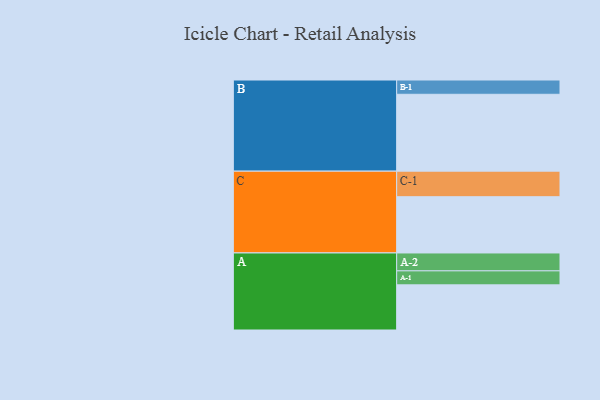
{"axis": {"x": "Segment", "y": "Value"}, "legend": ["", "A", "B", "C"], "data": [{"x": "A", "y": 313, "type": ""}, {"x": "B", "y": 533, "type": ""}, {"x": "C", "y": 390, "type": ""}, {"x": "A-1", "y": 97, "type": "A"}, {"x": "A-2", "y": 124, "type": "A"}, {"x": "B-1", "y": 99, "type": "B"}, {"x": "C-1", "y": 177, "type": "C"}]}